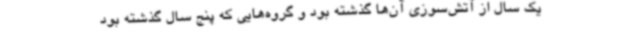
یک سال از آتش‌سوزی آن‌ها گذشته بود و گروه‌هایی که پنج سال گذشته بود